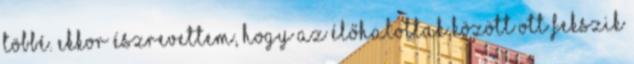
többé. Ekkor észrevettem, hogy az élőhalottak között ott fekszik